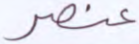
عنصر